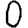
Digit: 0